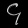
Digit: ၄